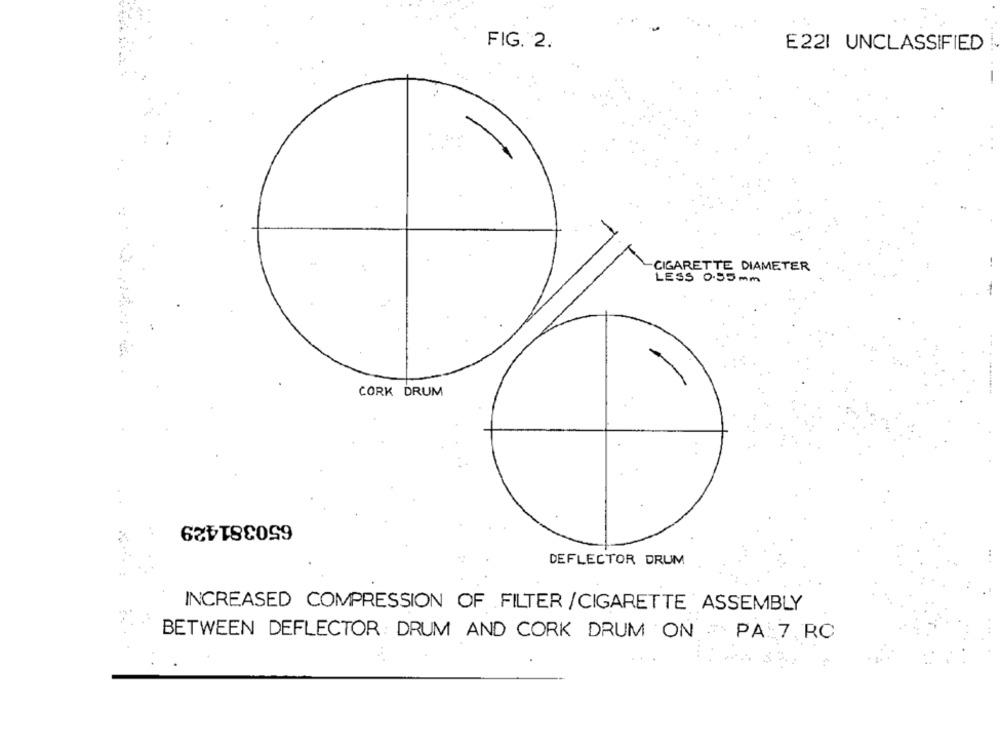
FIG. 2.
E221 UNCLASSIFIED
#4
CIGARETTE DIAMETER
LESS 0.55mm
CORK DRUM
650381429
DEFLECTOR DRUM
INCREASED COMPRESSION OF FILTER /CIGARETTE ASSEMBLY
BETWEEN DEFLECTOR: DRUM AND CORK DRUM ON " PA 7 RC